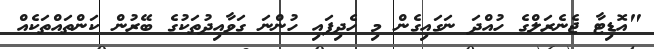
"އޮޑިޓާ ޖެނެރަލްގެ ހުއްދަ ނަގައިގެން މި ހެދިފައި ހުންނަ ގަވާއިދުތަކުގެ ބޭރުން ކަންތައްތަކެއް